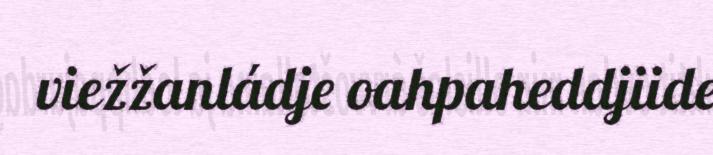
viežžanládje oahpaheddjiide